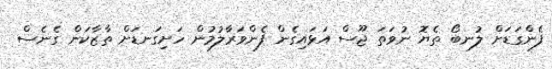
ފެންގަޑަށް ލުނބޯ ތެޔޮ ނުވަތަ ޖޫސް އަޅައިގެން ފެންވަރާލުމުން ހަށިގަނޑަށް ތާޒާކަން ގެނެސް